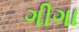
ગીગા